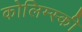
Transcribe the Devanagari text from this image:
कोलिम्स्की